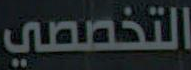
التخصصي